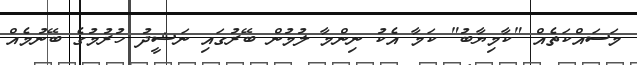
މަސައްކަތެއް "ކާމިޔާބު" ކަމާ އެކު ނިންމާ ލުމުން ބޭރުގައި ނަޝީދު ހުރުމުގެ ބޭނުމެއް